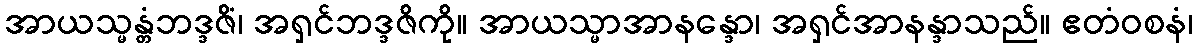
အာယသ္မန္တံဘဒ္ဒဇိံ၊ အရှင်ဘဒ္ဒဇိကို။ အာယသ္မာအာနန္ဒော၊ အရှင်အာနန္ဒာသည်။ ဧတံဝစနံ၊